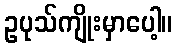
ဥပုသ်ကျိုးမှာပေါ့။